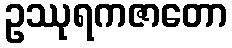
ဥဿုရကဇာတော